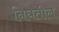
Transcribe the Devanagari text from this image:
निघतील